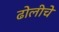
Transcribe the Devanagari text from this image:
ढोलीचे